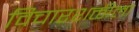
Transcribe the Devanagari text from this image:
विचारशक्तीला